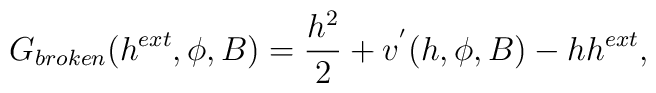
G_{broken}(h^{ext}, \phi, B) = \frac{h^2}{2} + v^{'}(h, \phi, B) - h h^{ext},